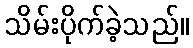
သိမ်းပိုက်ခဲ့သည်။